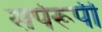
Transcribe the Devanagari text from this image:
सर्परूपी